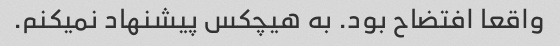
واقعا افتضاح بود. به هیچکس پیشنهاد نمیکنم.